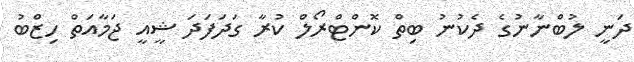
ދަނީ ލުބްނާނުގެ ދެކުނު ބިތް ކޮންޓްރޯލް ކުރާ ގަދަފަދަ ޝީއީ ޖަމާއަތް ހިޒްބު